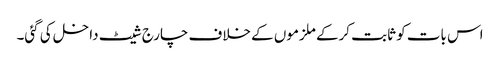
اس بات کو ثابت کرکے ملزموں کے خلاف چارج شیٹ داخل کی گئی۔